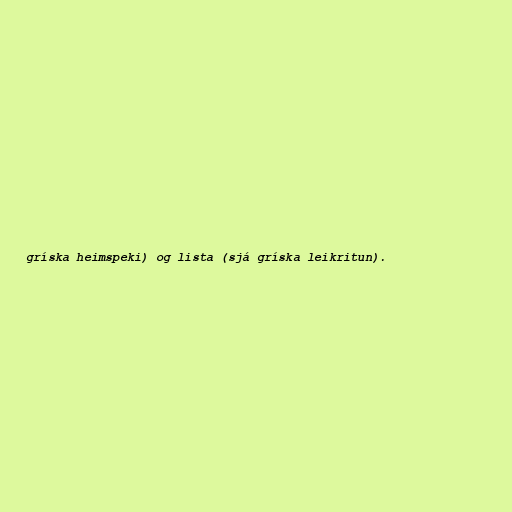
gríska heimspeki) og lista (sjá gríska leikritun).